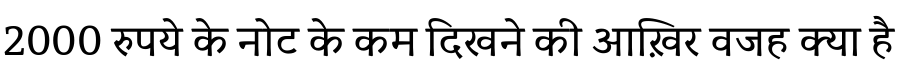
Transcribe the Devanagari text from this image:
2000 रुपये के नोट के कम दिखने की आख़िर वजह क्या है